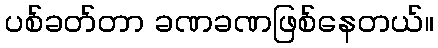
ပစ်ခတ်တာ ခဏခဏဖြစ်နေတယ်။